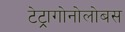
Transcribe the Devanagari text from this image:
टेट्रागोनोलोबस